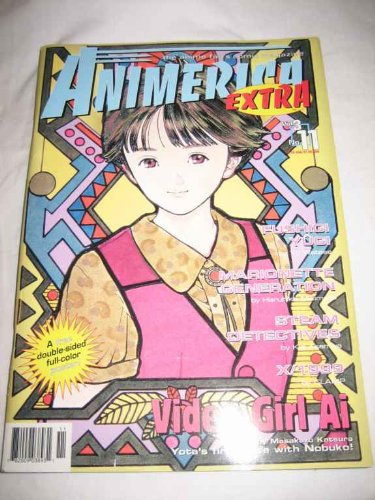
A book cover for Animerica Extra Vol. 3 No. 11; Bill Flanagan; Comics & Graphic Novels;